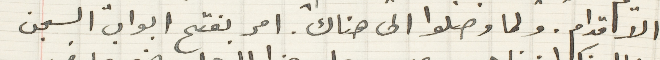
الاقدام. ولما وصلوا الى هناك. امر بفتح ابواب السجن